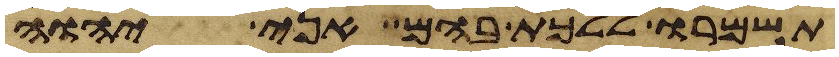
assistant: תשמרו ללכת בהם אני יהוה